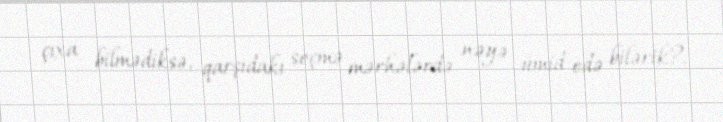
çıxa bilmədiksə, qarşıdakı seçmə mərhələrdə nəyə ümid edə bilərik?.